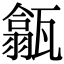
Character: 㽂